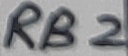
Text: RB2